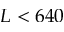
L < 6 4 0